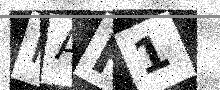
Text: MAH1